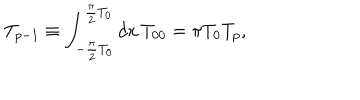
T _ { p - 1 } \equiv \int _ { - \frac { \pi } { 2 } T _ { 0 } } ^ { \frac { \pi } { 2 } T _ { 0 } } d x \, T _ { 0 0 } = \pi T _ { 0 } T _ { p } ,